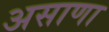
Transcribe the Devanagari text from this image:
असाणा